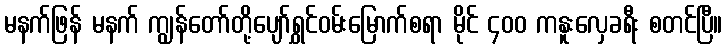
မနက်ဖြန် မနက် ကျွန်တော်တို့ပျော်ရွှင်ဝမ်းမြောက်စရာ မိုင် ၄၀၀ ကနူးလှေခရီး စတင်ပြီ။